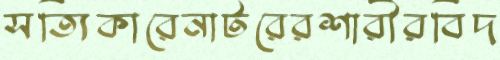
সত্যিকারেনাটরেরশারীরবিদ